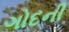
ગોદની